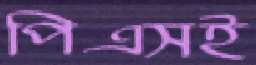
পিএসই